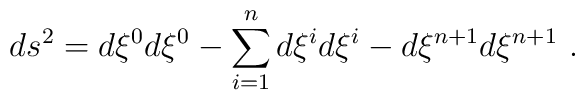
ds^2=d\xi^0d\xi^0 - \sum_{i=1}^{n}d\xi^id\xi^i -d\xi^{n+1}d\xi^{n+1}~.